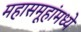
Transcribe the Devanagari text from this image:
महासमूहांमध्ये